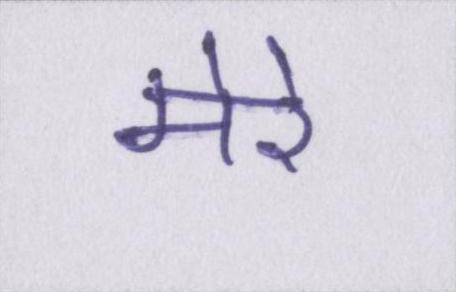
मेरे